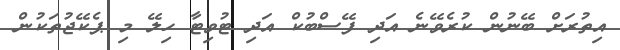
އިތުރަށް ބޭނުން ކުރެވޭނެ އަދި ފޭސްބުކް އަދި ޓުވިޓާ ހިލޭ މި ޕެކޭޖުތަކުން